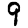
Digit: 9